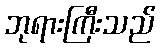
ဘုရားကြီးသည်